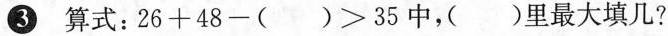
③ 算式：$$2 6 + 4 8 - ( ) > 3 5$$中，()里最大填几?